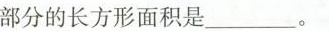
部分的长方形面积是___。